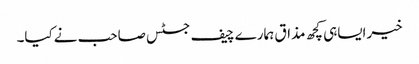
خیرایساہی کچھ مذاق ہمارے چیف جسٹس صاحب نےکیا۔